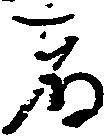
者